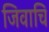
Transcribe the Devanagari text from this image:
जिवाचि